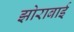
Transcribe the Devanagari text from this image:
झोराबाई